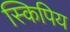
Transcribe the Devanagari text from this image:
स्किपिय